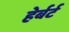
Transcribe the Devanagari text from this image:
हेर्बर्ट